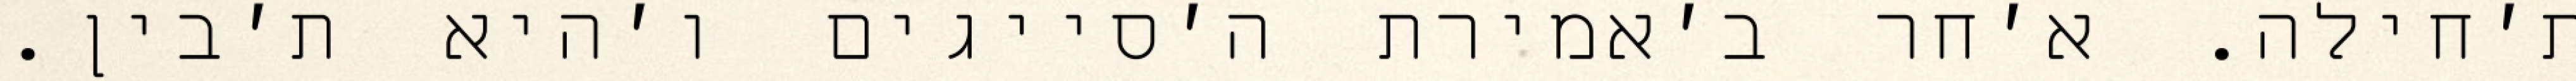
ת׳חילה. א׳חר ב׳אמירת ה׳סייגים ו׳היא ת׳בין.